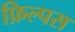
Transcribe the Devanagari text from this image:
फ़िल्पस